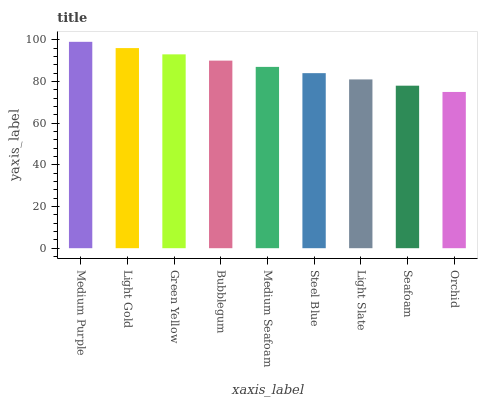
| xaxis_label | bars |
 | --- | --- |
 | Medium Purple | 99 |
 | Light Gold | 96 |
 | Green Yellow | 93 |
 | Bubblegum | 90 |
 | Medium Seafoam | 87 |
 | Steel Blue | 84 |
 | Light Slate | 81 |
 | Seafoam | 78 |
 | Orchid | 75 |